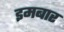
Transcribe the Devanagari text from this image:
इमबार